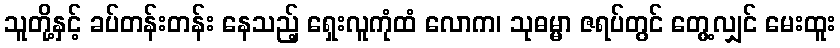
သူတို့နှင့် ခပ်တန်းတန်း နေသည့် ရှေးလူကုံထံ လောက၊ သုဓမ္မာ ဇရပ်တွင် တွေ့လျှင် မေးထူး